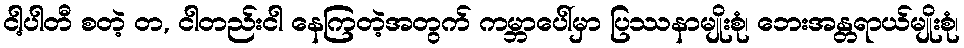
ငါ့ပါတီ စတဲ့ တ, ငါတည်းငါ နေကြတဲ့အတွက် ကမ္ဘာပေါ်မှာ ပြဿနာမျိုးစုံ၊ ဘေးအန္တရာယ်မျိုးစုံ၊